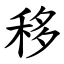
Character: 移